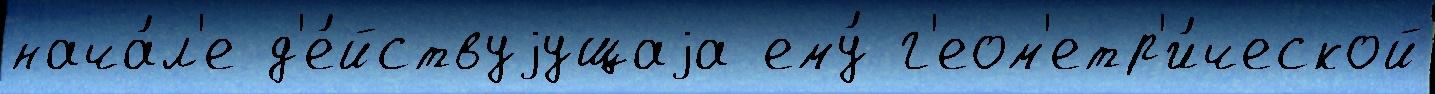
нача́л'е д'е́йствуjущаjа ему́ г'еом'етр'и́ческой